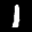
Digit: 1